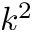
k ^ { 2 }